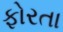
ફોરતા